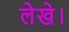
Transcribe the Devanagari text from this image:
लेखे।